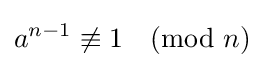
a^{n-1}\not \equiv 1{\pmod {n}}